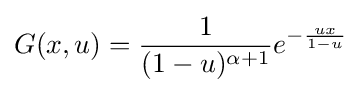
G(x,u)={\frac {1}{(1-u)^{\alpha +1}}}e^{-{\frac {ux}{1-u}}}